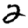
Digit: 2